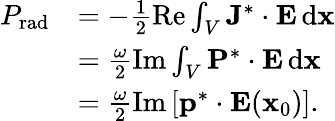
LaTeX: \begin{array}{rl}{P_{\mathrm{rad}}}&{=-\frac{1}{2}\operatorname{Re}\int_{V}\mathbf{J}^{*}\cdot\mathbf{E}\, \mathrm{d}\mathbf{x}}\\ &{=\frac{\omega}{2}\operatorname{Im}\int_{V}\mathbf{P}^{*}\cdot\mathbf{E}\, \mathrm{d}\mathbf{x}}\\ &{=\frac{\omega}{2}\operatorname{Im}\left[\mathbf{p}^{*}\cdot\mathbf{E}(\mathbf{x}_{0})\right].}\end{array}